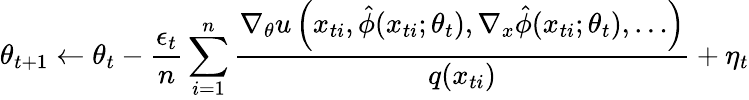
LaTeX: \theta_{t+1}\leftarrow\theta_{t}-\frac{\epsilon_{t}}{n}\sum_{i=1}^{n}\frac{\nabla_{\theta}u\left(x_{ti},\hat{\phi}(x_{ti};\theta_{t}),\nabla_{x}\hat{\phi}(x_{ti};\theta_{t}),\dots\right)}{q(x_{ti})}+\eta_{t}